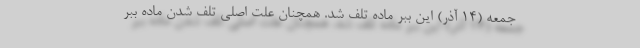
جمعه (۱۴ آذر) این ببر ماده تلف شد. همچنان علت اصلی تلف شدن ماده ببر